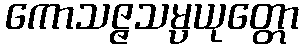
ကောသဇ္ဇသမ္ပယုတ္တော